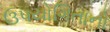
ઉપયોગિતાનો